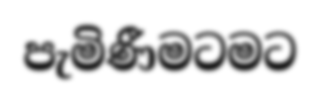
පැමිණීමටමට